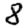
Digit: 8